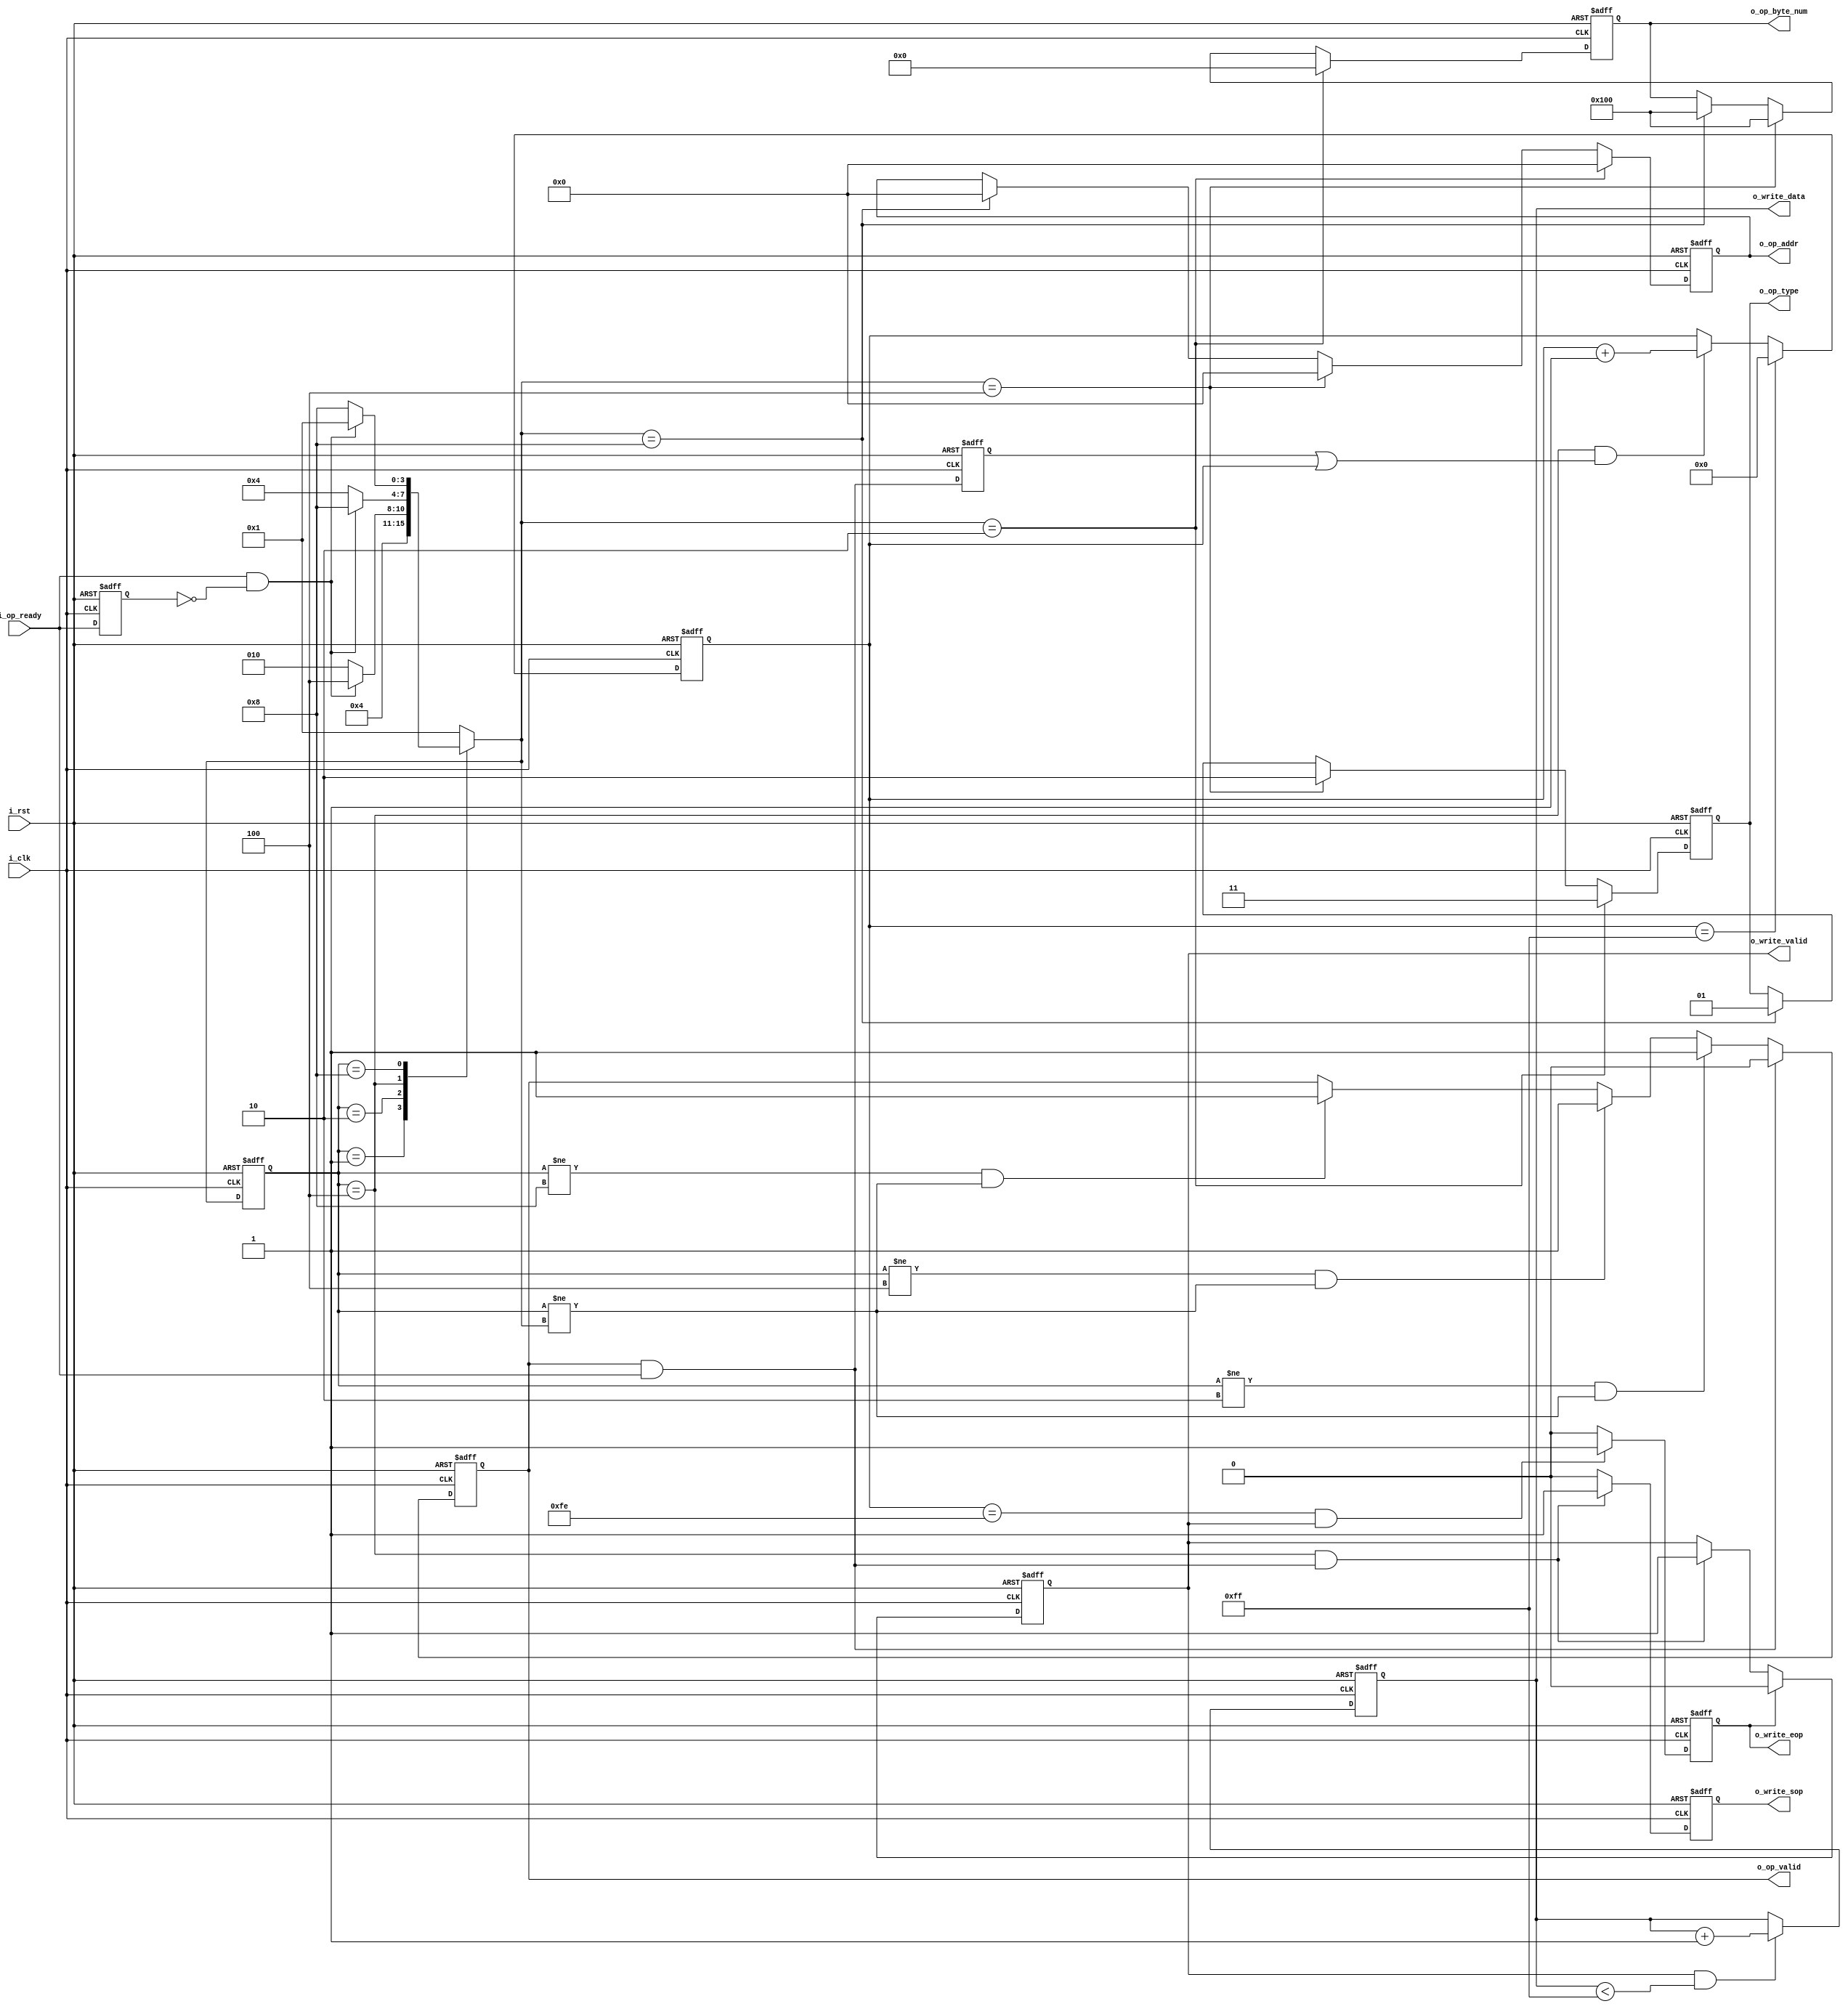
/*SPI*/
module spi_gen_data_test
#(
    parameter                           P_DATA_WIDTH    = 8    ,   //  
    parameter                           P_OP_LEN        = 32   ,   //SPI8bit+24bit
    parameter                           P_SPI_CPOL      = 0    ,   //SCLK
    parameter                           P_SPI_CPHA      = 0        //SCLK()
)
(
    input                               i_clk               ,
    input                               i_rst               ,

    /************   user interface     *************/
    output   [1:0]                       o_op_type           ,   //opoperation 0  1  2                                               
    output   [23:0]                      o_op_addr           ,   //addr[7:0]addr[15:8]addr[23:16]
    output   [8:0]                       o_op_byte_num       ,   //256
    output                               o_op_valid          ,   //
    input                                i_op_ready          ,   //

    output   [P_DATA_WIDTH-1:0]          o_write_data        ,   //
    output                               o_write_sop         ,   //start
    output                               o_write_eop         ,   //end
    output                               o_write_valid           //
 
);


/************ localparam_define *************/
localparam                          P_OP_TYPE_READ      =   1 ;     //
localparam                          P_OP_TYPE_WRITE     =   2 ;     //()
localparam                          P_OP_TYPE_ERASE     =   3 ;     //


localparam                          P_STATE_IDLE        =   4'b0001;   //
localparam                          P_STATE_ERASE       =   4'b0010;   //
localparam                          P_STATE_WRITE_DATA  =   4'b0100;   //
localparam                          P_STATE_READ_DATA   =   4'b1000;   //

localparam                          P_DATA_NUM          =   256    ;   // 

/************   wire_define     *************/
    wire                            w_op_activate               ;   //


/************   reg_define      *************/
    /**/
    reg     [3:0]                   r_current_state             ;   //
    reg     [3:0]                   r_next_state                ;   //

    /**/
    reg     [1:0]                   ro_op_type                  ;   //opoperation 0  1  2                               
    reg     [23:0]                  ro_op_addr                  ;   //addr[7:0]addr[15:8]addr[23:16]
    reg     [8:0]                   ro_op_byte_num              ;   //256
    reg                             ro_op_valid                 ;   //
    reg                             ri_op_ready                 ;   //

    reg     [P_DATA_WIDTH-1:0]      ro_write_data               ;   //
    reg                             ro_write_sop                ;   //start
    reg                             ro_write_eop                ;   //end
    reg                             ro_write_valid              ;   //

    /**/
    reg                             r_op_activate               ;   //
    reg     [7:0]                   r_write_cnt                 ;   //


/************   assign_block    *************/
    assign      w_op_activate = o_op_valid && i_op_ready    ;

    assign      o_op_type     = ro_op_type                  ;
    assign      o_op_addr     = ro_op_addr                  ;
    assign      o_op_byte_num = ro_op_byte_num              ;
    assign      o_op_valid    = ro_op_valid                 ;

    assign      o_write_data  = ro_write_data               ;
    assign      o_write_sop   = ro_write_sop                ;
    assign      o_write_eop   = ro_write_eop                ;
    assign      o_write_valid = ro_write_valid              ;


/************   always_block    *************/

/**/
always@(posedge i_clk or posedge i_rst)
    begin
        if(i_rst)
            begin
                r_current_state  <=  P_STATE_IDLE        ;
            end
        else
            begin
                r_current_state  <=  r_next_state        ;
            end 
    end

always@(*)
    begin
        case (r_current_state)
            P_STATE_IDLE       :    r_next_state =  P_STATE_ERASE;
                                    //

            P_STATE_ERASE      :    r_next_state =  (i_op_ready && (!ri_op_ready)) ? P_STATE_WRITE_DATA : P_STATE_ERASE;
                                    //readyready
            
            P_STATE_WRITE_DATA :    r_next_state =  (i_op_ready && (!ri_op_ready)) ? P_STATE_READ_DATA  : P_STATE_WRITE_DATA;
            P_STATE_READ_DATA  :    r_next_state =  (i_op_ready && (!ri_op_ready)) ? P_STATE_IDLE       : P_STATE_READ_DATA;
            default            :    r_next_state =  P_STATE_IDLE        ;
        endcase
    end


/*validactivate*/
always@(posedge i_clk or posedge i_rst)
    begin
        if(i_rst)
            begin
                ro_op_valid <= 'd0;
            end
        else if(w_op_activate)
            begin
                ro_op_valid <= 'd0;     //valid
            end
        else if((r_current_state != P_STATE_ERASE ) && (r_current_state != r_next_state))
            begin
                ro_op_valid <= 'd1;
            end
        else if((r_current_state != P_STATE_WRITE_DATA ) && (r_current_state != r_next_state))
            begin
                ro_op_valid <= 'd1;
            end
        else if((r_current_state != P_STATE_READ_DATA ) && (r_current_state != r_next_state))
            begin
                ro_op_valid <= 'd1;
            end
        else
            begin
                ro_op_valid <= ro_op_valid;
            end   
    end


/**/
always@(posedge i_clk or posedge i_rst)
    begin
        if(i_rst)
            begin
                ro_op_type     <= 'd0;
                ro_op_addr     <= 'd0;
                ro_op_byte_num <= 'd0;
            end
        else if(r_next_state == P_STATE_ERASE)
            begin
                ro_op_type     <= P_OP_TYPE_ERASE;
                ro_op_addr     <= 24'd0/*{8'h04,8'h05,8'h0a}*/;
                ro_op_byte_num <= 'd0;
            end
        else if(r_next_state == P_STATE_WRITE_DATA)
            begin
                ro_op_type     <= P_OP_TYPE_WRITE;
                ro_op_addr     <= 24'd0/*{8'h04,8'h05,8'h0a}*/;
                ro_op_byte_num <= P_DATA_NUM;
            end
        else if(r_next_state == P_STATE_READ_DATA)
            begin
                ro_op_type     <= P_OP_TYPE_READ;
                ro_op_addr     <= 24'd0/*{8'h04,8'h05,8'h0a}*/;
                ro_op_byte_num <= P_DATA_NUM;
            end
        else
            begin
                ro_op_type     <= ro_op_type     ;
                ro_op_addr     <= ro_op_addr     ;
                ro_op_byte_num <= ro_op_byte_num ;
            end
    end


/*i_op_ready*/
always@(posedge i_clk or posedge i_rst)
    begin
        if(i_rst)
            begin
                ri_op_ready <= 'd0;
            end
        else
            begin
                ri_op_ready <= i_op_ready;
            end 
    end


/**/
always@(posedge i_clk or posedge i_rst)
    begin
        if(i_rst)
            begin
                r_op_activate <= 'd0;
            end
        else
            begin
                r_op_activate <= w_op_activate;
            end 
    end

/**/
always@(posedge i_clk or posedge i_rst)
    begin
        if(i_rst)
            begin
                r_write_cnt <= 'd0;
            end
        else if(r_write_cnt == P_DATA_NUM - 1)
            begin
                r_write_cnt <= 'd0;
            end
        else if((r_current_state == P_STATE_WRITE_DATA) && (r_op_activate || r_write_cnt))
            begin
                r_write_cnt <= r_write_cnt + 1'b1;  //(wavetimegen)
            end
        else
            begin
                r_write_cnt <= r_write_cnt        ;
            end
    end


/**/
always@(posedge i_clk or posedge i_rst)
    begin
        if(i_rst)
            begin
                ro_write_data <= 'd0;
            end
        else if((ro_write_valid) && (ro_write_data < 255))
            begin
                ro_write_data <= ro_write_data + 1'b1   ;   //
            end
        else
            begin
                ro_write_data <= ro_write_data          ;
            end 
    end


/**/
always@(posedge i_clk or posedge i_rst)
    begin
        if(i_rst)
            begin
                ro_write_sop <= 'd0;
            end
        else if((r_current_state == P_STATE_WRITE_DATA) && (w_op_activate))
            begin
                ro_write_sop <= 'd1;    //
            end
        else
            begin
                ro_write_sop <= 'd0;
            end 
    end


/**/
always@(posedge i_clk or posedge i_rst)
    begin
        if(i_rst)
            begin
                ro_write_eop <= 'd0;
            end
        else if((r_write_cnt == (P_DATA_NUM - 2)) && (ro_write_valid))
            begin
                ro_write_eop <= 'd1;    //
            end
        else
            begin
                ro_write_eop <= 'd0;
            end 
    end

/**/
always@(posedge i_clk or posedge i_rst)
    begin
        if(i_rst)
            begin
                ro_write_valid <= 'd0;
            end
        else if(ro_write_eop)
            begin
                ro_write_valid <= 'd0;    //
            end
        else if((r_current_state == P_STATE_WRITE_DATA) && (w_op_activate))
            begin
                ro_write_valid <= 'd1;    //
            end
        else
            begin
                ro_write_valid <= ro_write_valid      ;
            end 
    end

endmodule